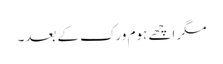
مگر اچھے ہوم ورک کے بعد۔